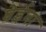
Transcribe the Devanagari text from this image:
घेईना